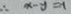
\therefore x - y = - 1